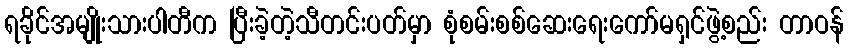
ရခိုင်အမျိုးသားပါတီက ပြီးခဲ့တဲ့သီတင်းပတ်မှာ စုံစမ်းစစ်ဆေးရေးကော်မရှင်ဖွဲ့စည်း တာဝန်